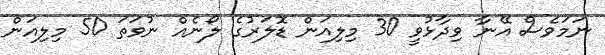
ނަމަވެސް އޭނާ ވިދާޅުވީ 30 މިލިއަން ޑޮލަރުގެ ލޯނެއް ނުވަތަ 50 މިލިއަން